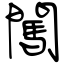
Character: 闖